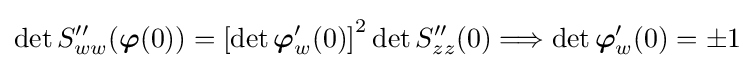
\det S''_{ww}({\boldsymbol {\varphi }}(0))=\left[\det {\boldsymbol {\varphi }}'_{w}(0)\right]^{2}\det S''_{zz}(0)\Longrightarrow \det {\boldsymbol {\varphi }}'_{w}(0)=\pm 1